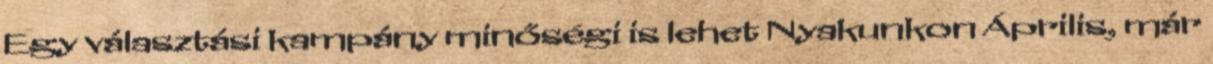
Egy választási kampány minőségi is lehet Nyakunkon Április, már